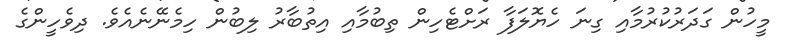
މީހުން ގަދަރުކުރުމާއި ގިނަ ހެޔޮލަފާ ރަށްޓެހިން ތިބުމާއި އިތުބާރު ލިބުން ހިމެނޭނެއެވެ. ދިވެހީންގެ